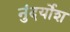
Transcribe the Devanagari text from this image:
नुंदर्योश